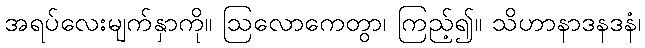
အရပ်လေးမျက်နှာကို။ ဩလောကေတွာ၊ ကြည့်၍။ သိဟာနာဒနဒနံ၊